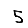
Digit: 5